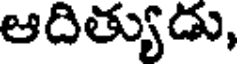
ఆదిత్యుడు,